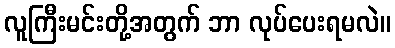
လူကြီးမင်းတို့အတွက် ဘာ လုပ်ပေးရမလဲ။